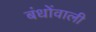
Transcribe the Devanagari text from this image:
बंधोंवाली